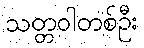
သတ္တဝါတစ်ဦး